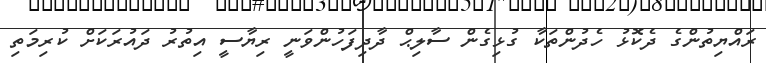
ރައްޔިތުންގެ ދެކޮޅު ހެދުންތަކާ ގުޅިގެން ސާލިޙް ދާދިފަހުންވަނީ ރިޔާސީ އިތުރު ދައުރަކަށް ކުރިމަތި